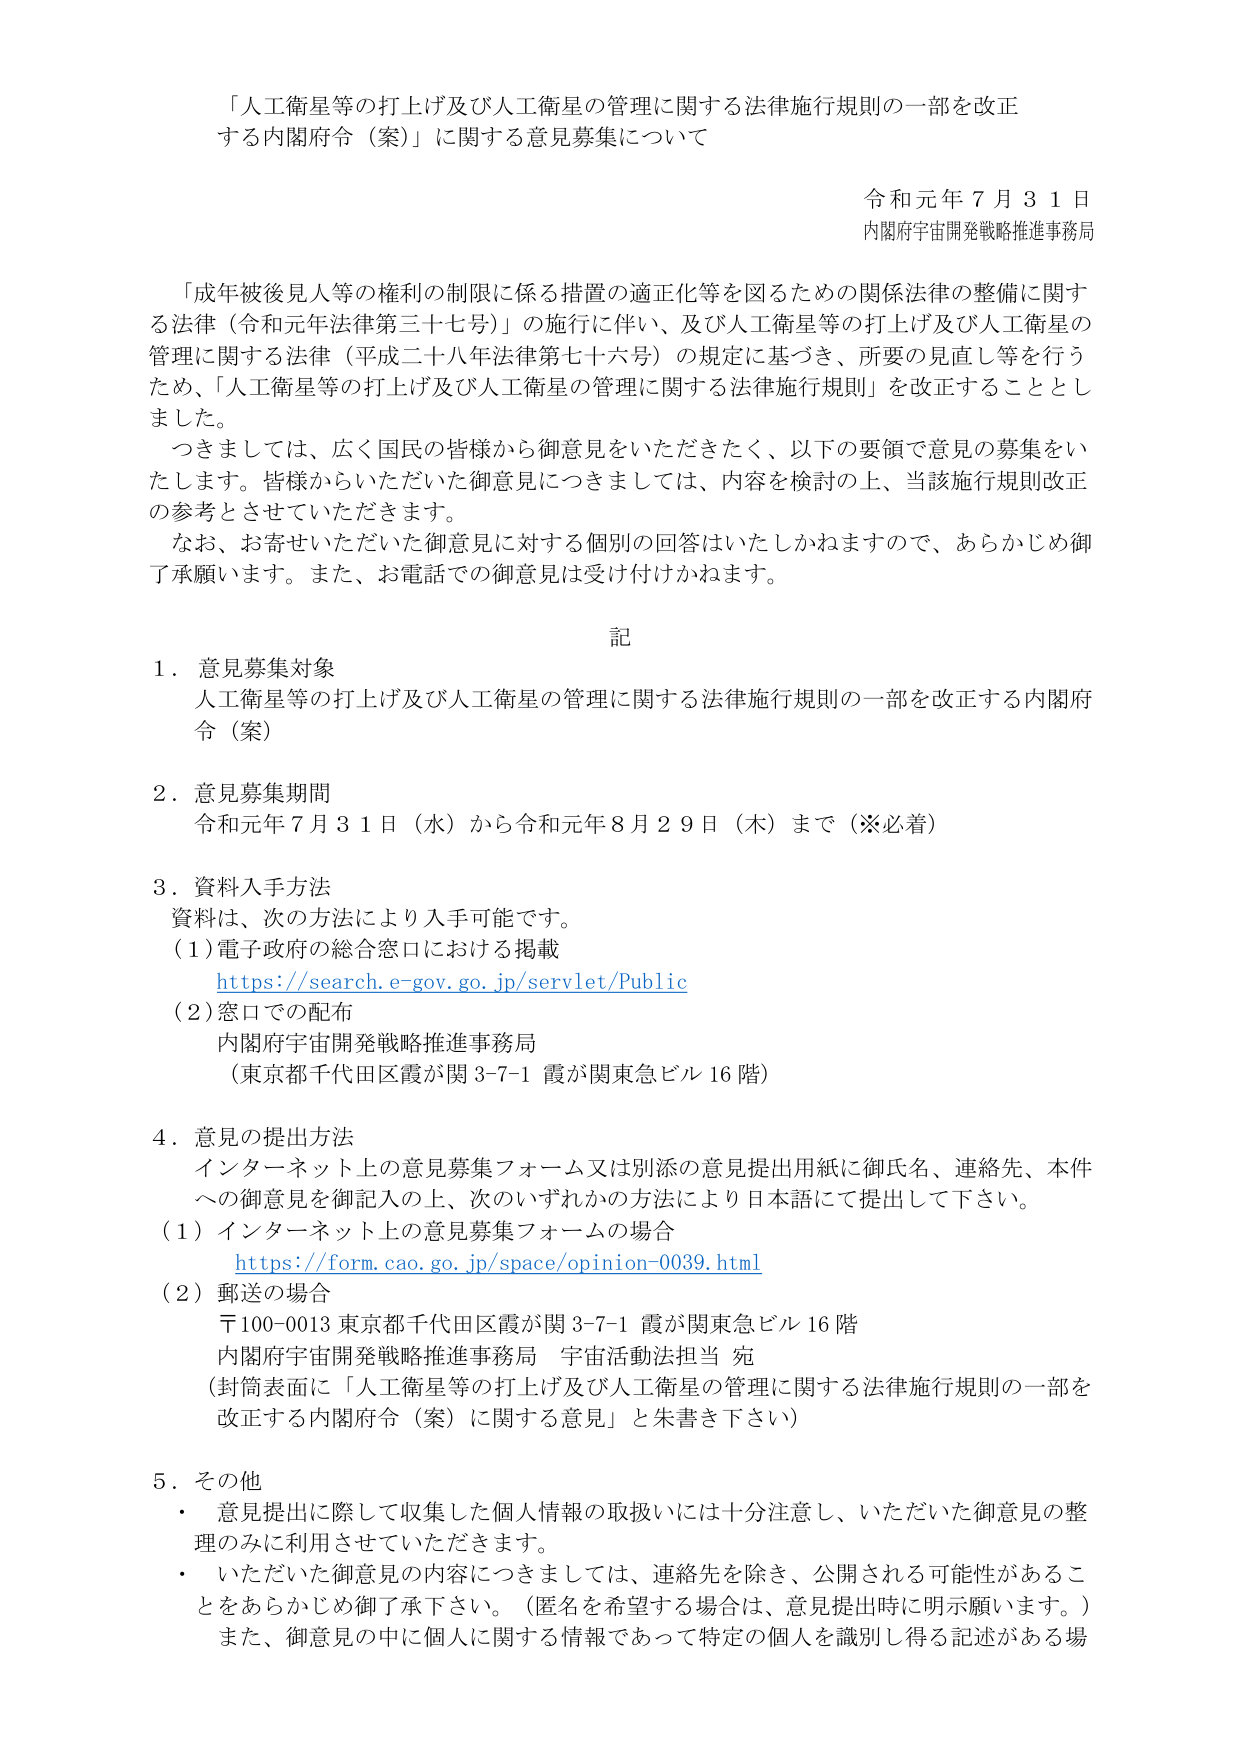
「人工衛星等の打上げ及び人工衛星の管理に関する法律施行規則の一部を改正する内閣府令（案）」に関する意見募集について

令和元年７月３１日
内閣府宇宙開発戦略推進事務局

「成年被後見人等の権利の制限に係る措置の適正化等を図るための関係法律の整備に関する法律（令和元年法律第三十七号）」の施行に伴い、及び人工衛星等の打上げ及び人工衛星の管理に関する法律（平成二十八年法律第七十六号）の規定に基づき、所要の見直し等を行うため、「人工衛星等の打上げ及び人工衛星の管理に関する法律施行規則」を改正することとしました。

つきましては、広く国民の皆様から御意見をいただきたいと存じますので、以下の要領で意見の募集をいたします。皆様からいただいた御意見につきましては、内容を検討の上、当該施行規則改正の参考とさせていただきます。

なお、お寄せいただいた御意見に対する個別の回答はいたしかねますので、あらかじめ御了承願います。また、お電話での御意見は受け付けかねます。

記

１．意見募集対象
人工衛星等の打上げ及び人工衛星の管理に関する法律施行規則の一部を改正する内閣府令（案）

２．意見募集期間
令和元年７月３１日（水）から令和元年８月２９日（木）まで（※必着）

３．資料入手方法
資料は、次の方法により入手可能です。
（１）電子政府の総合窓口における掲載
https://search.e-gov.go.jp/servlet/Public
（２）窓口での配布
内閣府宇宙開発戦略推進事務局
（東京都千代田区霞が関３-７-１ 霞が関東急ビル１６階）

４．意見の提出方法
インターネット上の意見募集フォーム又は別添の意見提出用紙に御氏名、連絡先、本件への御意見を御記入の上、次のいずれかの方法により日本語にて提出して下さい。
（１）インターネット上の意見募集フォームの場合
https://form.cao.go.jp/space/opinion-0039.html
（２）郵送の場合
〒100-0013 東京都千代田区霞が関３-７-１ 霞が関東急ビル１６階
内閣府宇宙開発戦略推進事務局 宇宙活動法担当 宛
（封筒表面に「人工衛星等の打上げ及び人工衛星の管理に関する法律施行規則の一部を改正する内閣府令（案）に関する意見」と朱書き下さい）

５．その他
・ 意見提出に際して収集した個人情報の取扱いには十分注意し、いただいた御意見の整理のみに利用させていただきます。
・ いただいた御意見の内容につきましては、連絡先を除き、公開される可能性があることをあらかじめ御了承下さい。（匿名を希望する場合は、意見提出時に明示願います。）
また、御意見の中に個人に関する情報であって特定の個人を識別し得る記述がある場